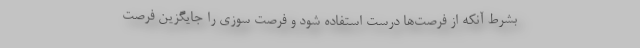
بشرط آنکه از فرصت‌ها درست استفاده شود و فرصت سوزی را جایگزین فرصت